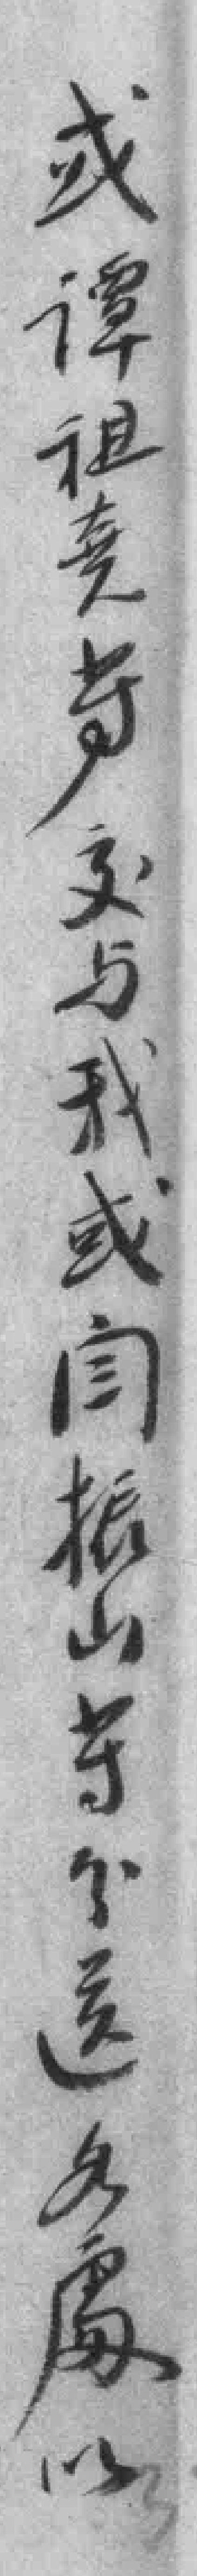
或谭祖堯等交与我或闫振山等分送各處处